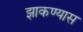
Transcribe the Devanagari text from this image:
झाकण्यास